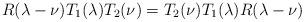
LaTeX: \begin{align*}R (\lambda - \nu) T_1 (\lambda) T_2 (\nu) = T_2 (\nu) T_1 (\lambda)R (\lambda - \nu)\end{align*}